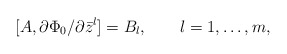
\begin{align*}[A,\partial\Phi_0/\partial\bar z^l]=B_l,\qquad l=1,\dots, m,\end{align*}